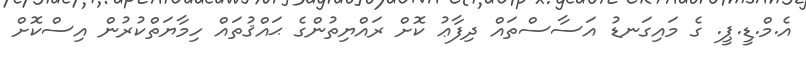
އެ.މް.ޑީ.ޕީ. ގެ މައިގަނޑު އަސާސްތައް ދިފާޢު ކޮށް ރައްޔިތުންގެ ޙައްޤުތައް ހިމާޔަތްކުރުން އިސްކޮށް